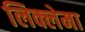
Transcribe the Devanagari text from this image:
लिक्लेमा